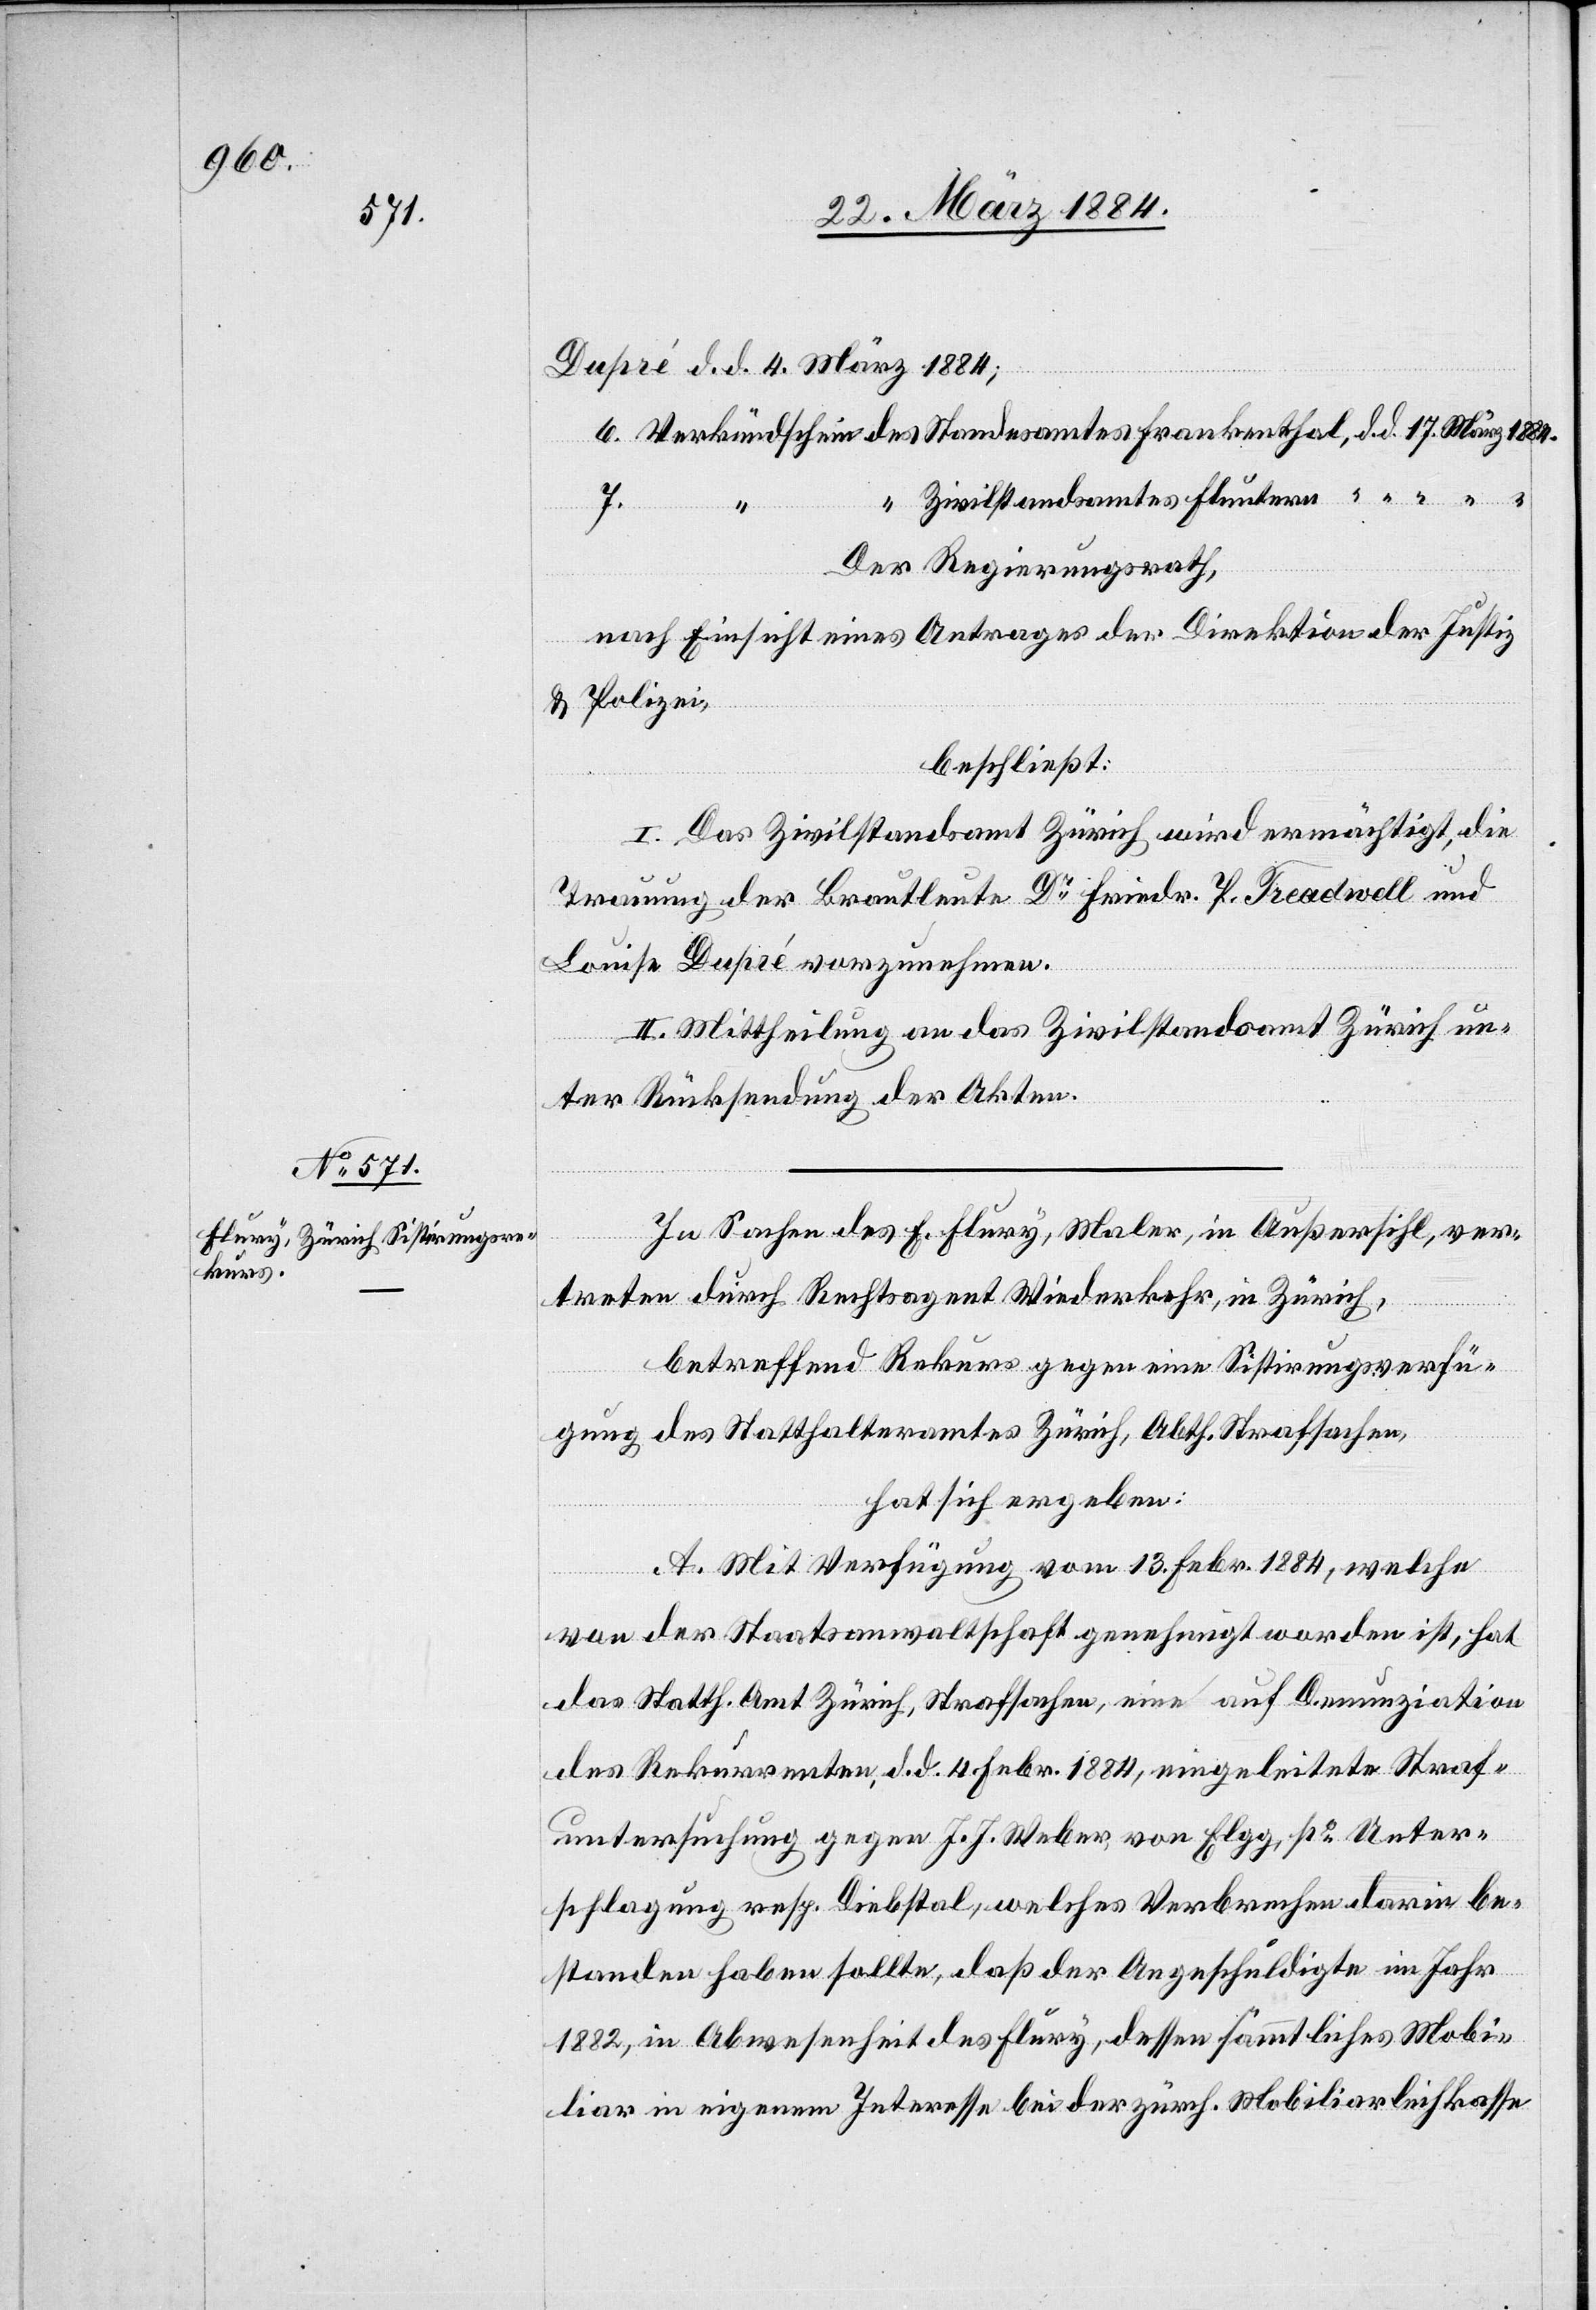
1884.

Dupré d. d. 4. März 1884;
Zivilstandsamtes Fluntern
6.
7.
März
d.
Der Regierungsrath,
nach Einsicht eines Antrages der Direktion der Justiz
& Polizei,
beschließt:
I. Das Zivilstandsamt Zürich wird ermächtigt, die
Trauung der Brautleute Dr Friedr. Treadwell und
Louise Dupré vorzunehmen.
II. Mittheilung an das Zivilstandsamt Zürich un¬
ter Rücksendung der Akten.
In Sachen des E. Flury, Maler, in Außersihl, ver¬
treten durch Rechtsagent Wiederkehr, in Zürich,
betreffend Rekurs gegen eine Sistierungsverfü¬
gung des Statthalteramtes Zürich, Abth. Strafsachen,
hat sich ergeben:
A. Mit Verfügung vom 13. Febr. 1884, welche
von der Staatsanwaltschaft genehmigt worden ist, hat
das Statth. Amt Zürich, Strafsachen, eine auf Denunziation
des Rekurrenten, d. d. 4. Febr. 1884, eingeleitete Straf¬
untersuchung gegen J. J. Weber, von Elgg, po Unter¬
schlagung resp. Diebstal, welches Verbrechen darin be¬
standen haben sollte, daß der Angeschuldigte im Jahr
1882, in Abwesenheit des Flury, dessen sämmtliches Mobi¬
liar in eigenem Interesse bei der zürch. Mobiliarleihkasse